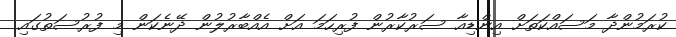
ކުރަމުންދާ މަސައްކަތަށް އިންޑިއާ ސަރުކާރުން ފުރިހަމަ އަށް އެއްބާރުލުން ދޭނެކަން މި ފުރުސަތުގައި